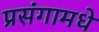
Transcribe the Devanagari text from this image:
प्रसंगामधे